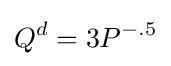
Q^{d}=3P^{-.5}